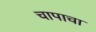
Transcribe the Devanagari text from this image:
चापाचा